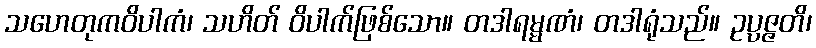
သဟေတုကဝိပါကံ၊ သဟိတ် ဝိပါက်ဖြစ်သော။ တဒါရမ္မဏံ၊ တဒါရုံသည်။ ဥပ္ပဇ္ဇတိ၊